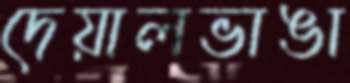
দেয়ালভাঙা